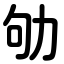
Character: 劬